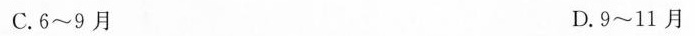
C.6~9月 D.9~11月